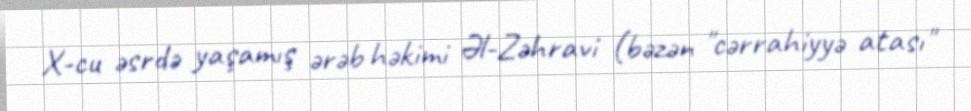
X-cu əsrdə yaşamış ərəb həkimi Əl-Zəhravi (bəzən "cərrahiyyə atası"